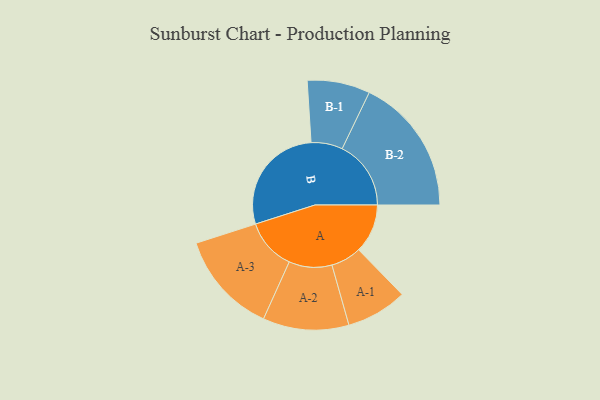
{"axis": {"x": "Segment", "y": "Value"}, "legend": ["", "A", "B"], "data": [{"x": "A", "y": 212, "type": ""}, {"x": "B", "y": 483, "type": ""}, {"x": "A-1", "y": 132, "type": "A"}, {"x": "A-2", "y": 186, "type": "A"}, {"x": "A-3", "y": 222, "type": "A"}, {"x": "B-1", "y": 136, "type": "B"}, {"x": "B-2", "y": 298, "type": "B"}]}